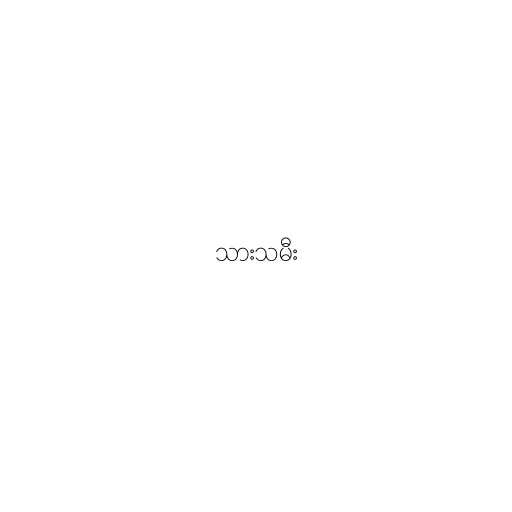
သားသမီး